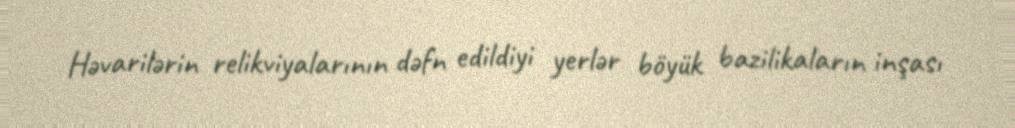
Həvarilərin relikviyalarının dəfn edildiyi yerlər böyük bazilikaların inşası